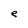
Character: e